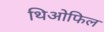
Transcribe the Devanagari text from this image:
थिओफिल